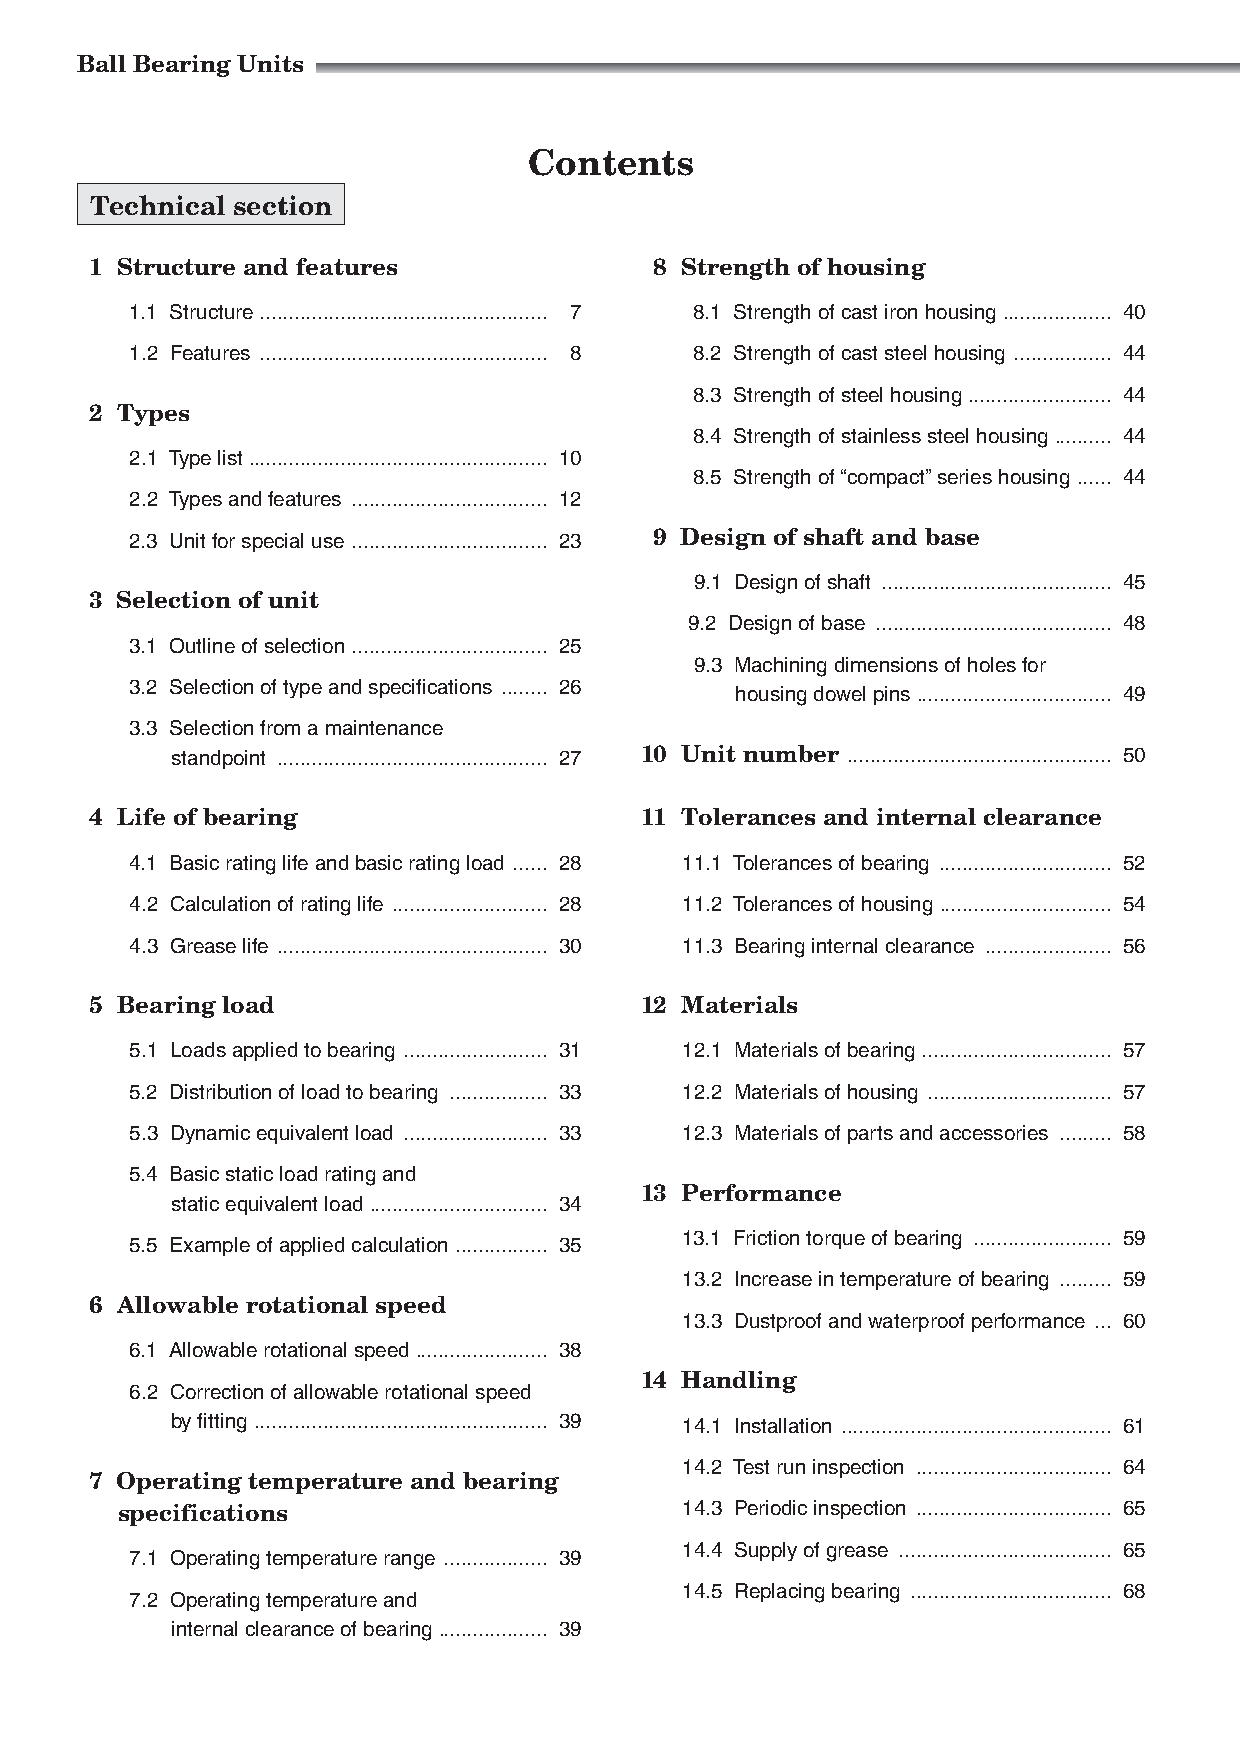
Ball Bearing Units
 Contents
 Technical section
 1 Structure and features             8 Strength of housing
 1.1 Structure .................................................. 7 8.1 Strength of cast iron housing ................... 40
 1.2 Features .................................................. 8 8.2 Strength of cast steel housing ................. 44
 8.3 Strength of steel housing ......................... 44
 2 Types
 8.4 Strength of stainless steel housing .......... 44
 2.1 Type list .................................................... 10
 8.5 Strength of “compact” series housing ...... 44
 2.2 Types and features .................................. 12
 2.3 Unit for special use .................................. 23 9 Design of shaft and base
 9.1 Design of shaft ........................................ 45
 3 Selection of unit
 9.2 Design of base ......................................... 48
 3.1 Outline of selection .................................. 25
 9.3 Machining dimensions of holes for
 3.2 Selection of type and specifications ........ 26
 housing dowel pins .................................. 49
 3.3 Selection from a maintenance
 standpoint ............................................... 27 10 Unit number .............................................. 50
 4 Life of bearing                   11 Tolerances and internal clearance
 4.1 Basic rating life and basic rating load ...... 28 11.1 Tolerances of bearing .............................. 52
 4.2 Calculation of rating life ........................... 28 11.2 Tolerances of housing .............................. 54
 4.3 Grease life ............................................... 30 11.3 Bearing internal clearance ...................... 56
 5 Bearing load                      12 Materials
 5.1 Loads applied to bearing ......................... 31 12.1 Materials of bearing ................................. 57
 5.2 Distribution of load to bearing ................. 33 12.2 Materials of housing ................................ 57
 5.3 Dynamic equivalent load ......................... 33 12.3 Materials of parts and accessories ......... 58
 5.4 Basic static load rating and
 13 Performance
 static equivalent load ............................... 34
 5.5 Example of applied calculation ................ 35
 13.1 Friction torque of bearing ........................ 59
 13.2 Increase in temperature of bearing ......... 59
 6 Allowable rotational speed
 13.3 Dustproof and waterproof performance ... 60
 6.1 Allowable rotational speed ....................... 38
 14 Handling
 6.2 Correction of allowable rotational speed
 by fitting ................................................... 39 14.1 Installation ............................................... 61
 14.2 Test run inspection .................................. 64
 7 Operating temperature and bearing
 specifications                       14.3 Periodic inspection .................................. 65
 14.4 Supply of grease ..................................... 65
 7.1 Operating temperature range .................. 39
 14.5 Replacing bearing ................................... 68
 7.2 Operating temperature and
 internal clearance of bearing ................... 39